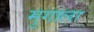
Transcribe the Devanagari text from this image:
मुगाला